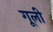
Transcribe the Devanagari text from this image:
गूली